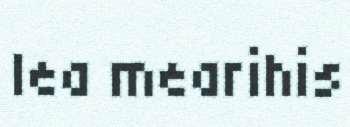
lea mearihis